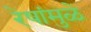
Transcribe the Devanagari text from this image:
रेषांमुळे